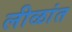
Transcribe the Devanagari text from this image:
लीळांत